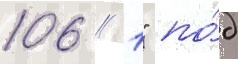
106 // 1" по́д